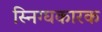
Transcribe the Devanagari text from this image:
स्निग्घकारक